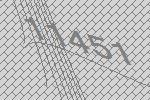
11451